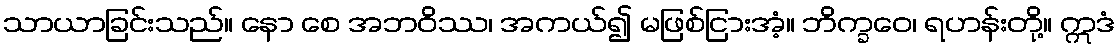
သာယာခြင်းသည်။ နော စေ အဘဝိဿ၊ အကယ်၍ မဖြစ်ငြားအံ့။ ဘိက္ခဝေ၊ ရဟန်းတို့။ ဣဒံ